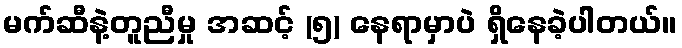
မက်ဆီနဲ့တူညီမှု အဆင့် (၅) နေရာမှာပဲ ရှိနေခဲ့ပါတယ်။